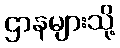
ဌာနများသို့